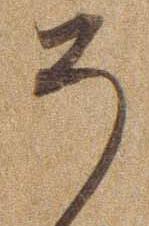
そ